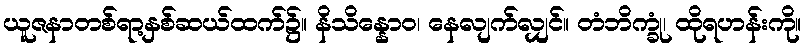
ယူဇနာတစ်ရာ့နှစ်ဆယ်ထက်၌။ နိသိန္နောဝ၊ နေလျက်လျှင်။ တံဘိက္ခုံ၊ ထိုရဟန်းကို။